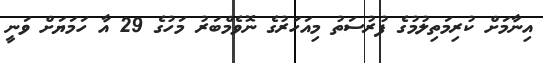
އިނާމަށް ކުރިމަތިލުމުގެ ފުރުސަތު މިއަހަރުގެ ނޮވެމްބަރު މަހުގެ 29 އާ ހަމަޔަށް ވަނީ